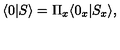
\langle 0 | S \rangle = \Pi _ { x } \langle 0 _ { x } | S _ { x } \rangle ,